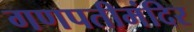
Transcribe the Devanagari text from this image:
गणपतीमंदिर